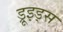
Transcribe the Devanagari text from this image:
ड्रूइड्स